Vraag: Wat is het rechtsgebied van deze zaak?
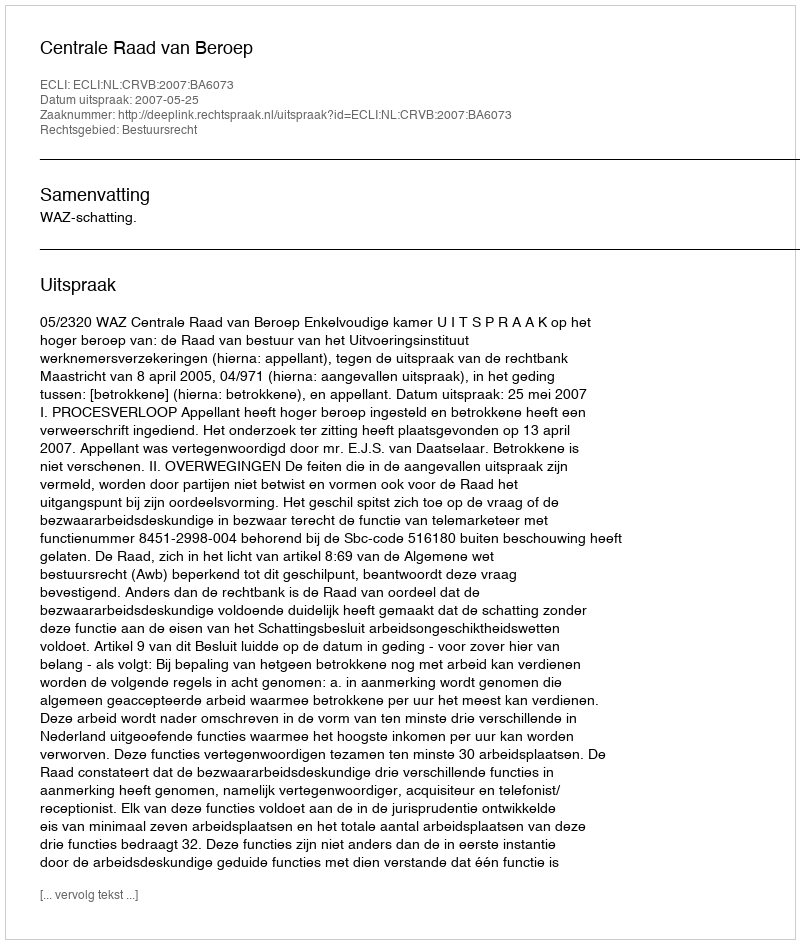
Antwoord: Bestuursrecht